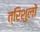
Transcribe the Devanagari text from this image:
त्रिशुलों